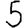
Digit: 5